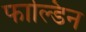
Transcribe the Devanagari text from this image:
फाल्डिन